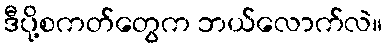
ဒီပို့စကတ်တွေက ဘယ်လောက်လဲ။